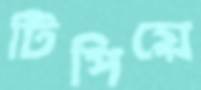
টিপিয়ে